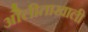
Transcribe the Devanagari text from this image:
ओेलीताखाली